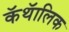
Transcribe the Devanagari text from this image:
कॅथॅालिक